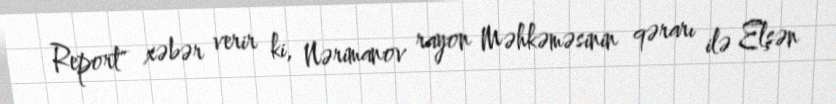
Report" xəbər verir ki, Nərimanov rayon Məhkəməsinin qərarı ilə Elşən